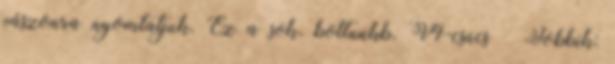
vászonra nyomtatjuk. Ez a sok, boltunkb. V4-csúcs – Jobbik: